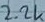
Text: 2.2K